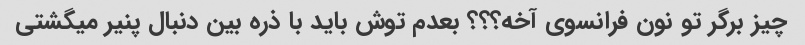
چیز برگر تو نون فرانسوی آخه؟؟؟ بعدم توش باید با ذره بین دنبال پنیر میگشتی